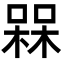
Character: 槑